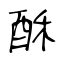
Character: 酥